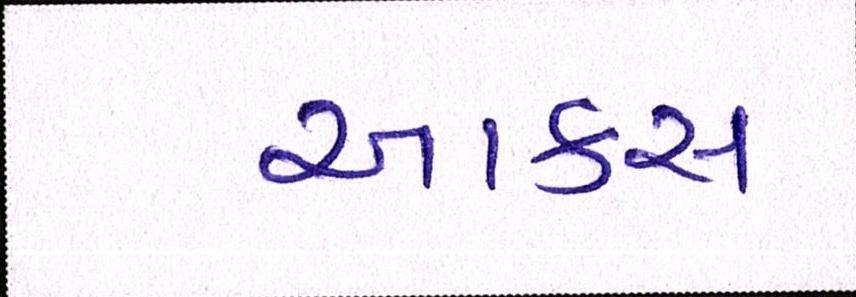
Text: આકરા